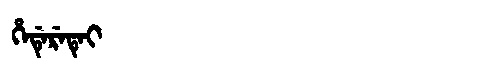
Manchu: ᡥᡝᡩᡝᡵᡝᡨᡝᡳ
Romanization: HEDERETEI